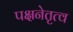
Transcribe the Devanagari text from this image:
पक्षनेतृत्व